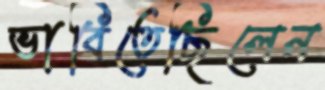
ভাবিতেছিলেন